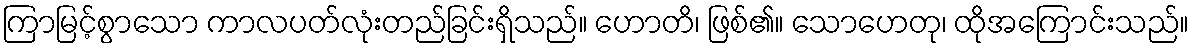
ကြာမြင့်စွာသော ကာလပတ်လုံးတည်ခြင်းရှိသည်။ ဟောတိ၊ ဖြစ်၏။ သောဟေတု၊ ထိုအကြောင်းသည်။